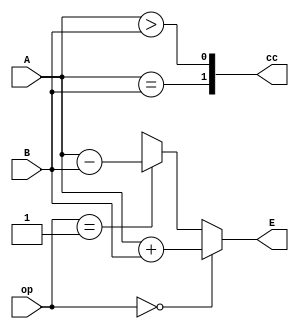
module ALU(
	input wire [7:0] A,
	input wire [7:0] B,
	input wire [3:0] op,	//(41)
	output wire [7:0] E,
	output wire [1:0] cc	//AB1.
							//AB1AB0AB

);
	assign E = ( op == 4'h0 )? A+B :
		   		(op == 4'h1) ? A-B : 8'hxx;
		   		
	assign cc =  {A==B,A>B} 	;  //

endmodule

//OP=0000  A+B
//OP=0001  A-B
//